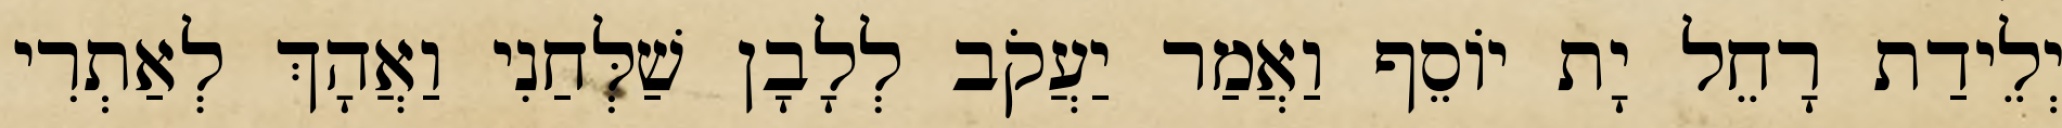
יְלֵידַת רָחֵל יָת יוֹסֵף וַאֲמַר יַעֲקֹב לְלָבָן שַׁלְּחַנִי וַאֲהָךְ לְאַתְרִי